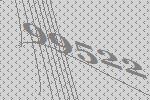
99522